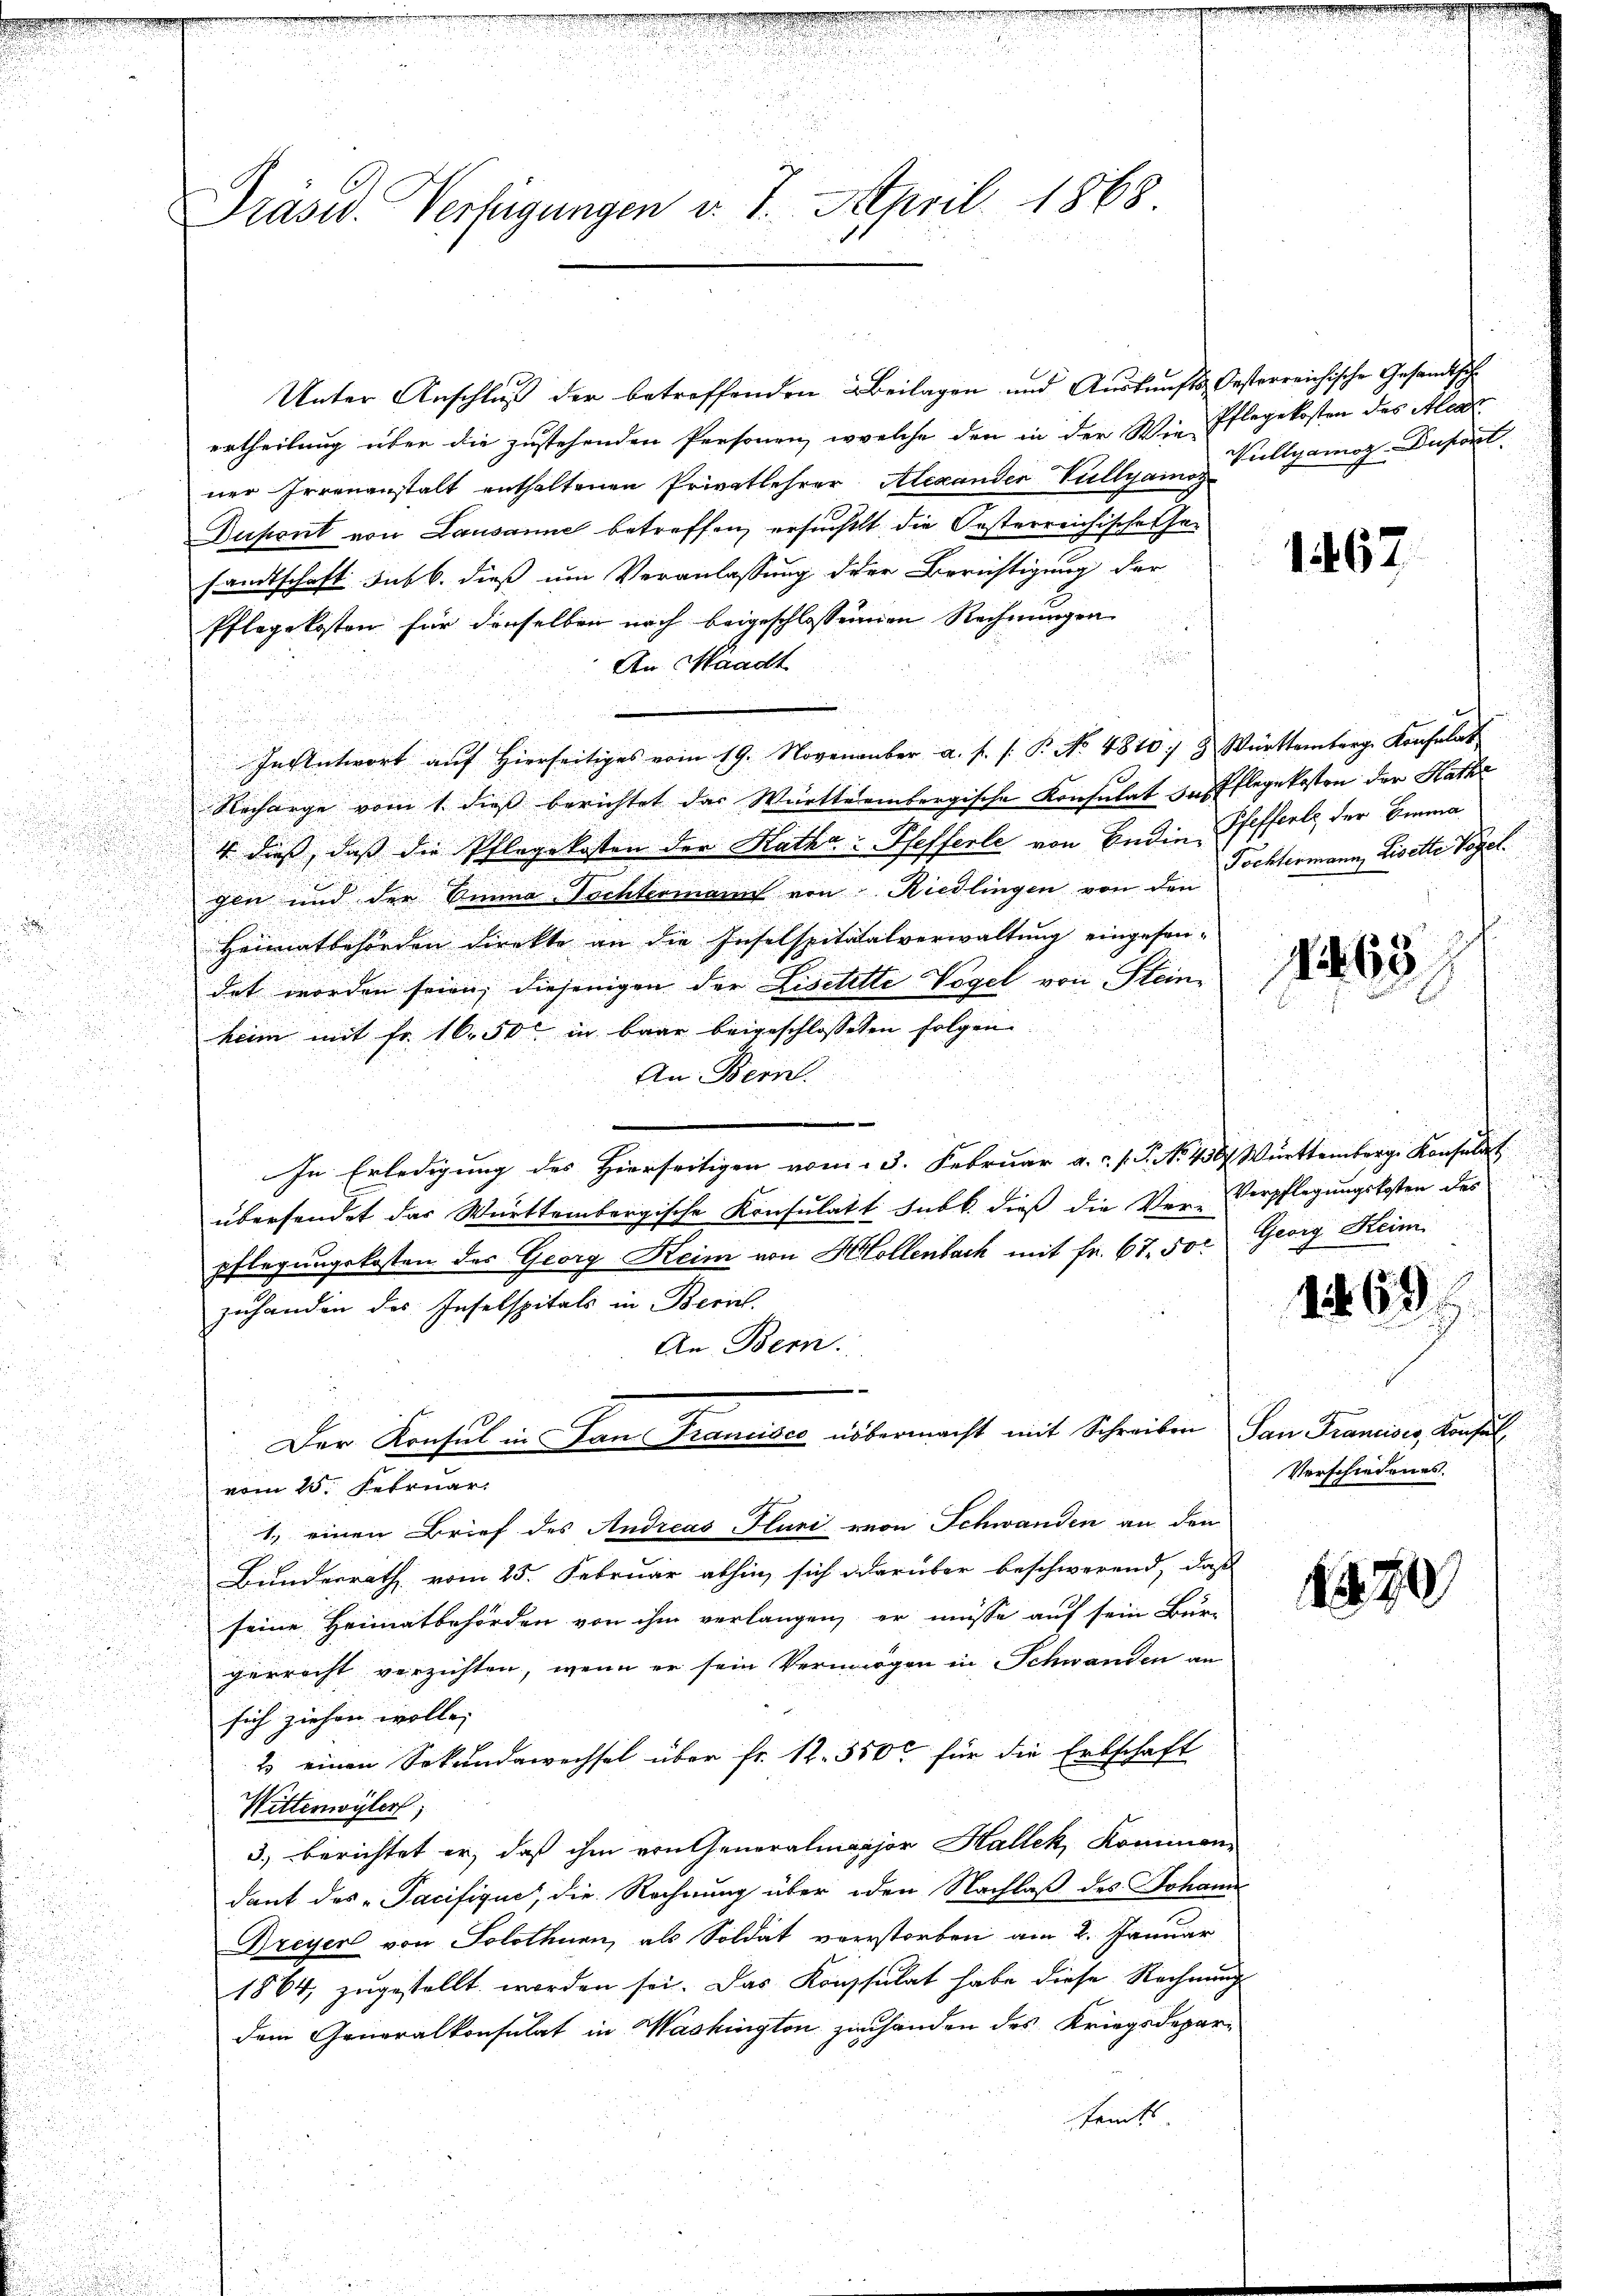
.

Präsid. Verfügungen v. 7. April 1868

Unter Anschluß der betreffenden Beilagen und Auskunfts-Oesterreichische Gesandtsche
ertheilung über die zustehenden Personen, welche den in der Wie Pflegekosten des Alear
ner Irrenanstalt enthaltenen Privatlehrer Alexanden Vullyame Vullyamog-Duport
Dupant von Lausanne betreffen, ersuchelt die Oesterreichische hasandtschaft sub b. dieß um Veranlassung der Berichtigung der
Pflegekosten für denselben noch beigeschlossenen Rechnungen
.
An Waadt
In Antwort auf Hierseitiges vom 19. Novenamber a. f. s. P. No 4840. 8 Württemberg. Konsulat
Recharge vom 1. dieß berichtet das Württembergische Konsulat in Pflegekosten der Rath
4 dies, dass die Pflegekosten der Katha Pfefferle von Endin, Pfefferle, der Emma
gen und der Emma Tochtermann von Riedlingen von den Tochtermann, Liselte Vogel¬
Heimatbehörden direkte an die Inselspititalverwaltung eingesan-
det worden seien, diejenigen der Liselette Vogel von Steine
heim mit Fr. 16. 50 in baar beigeschlosseten folgen
An Bern
.
In Erledigung des Hierseitigen vom 3. Februar a. f. P. No. 456 Württemberg Konsulat
übersendet das Württembergische Konsulatt Subk. dieß die Ver-Verpflegungskosten des
pflegungskosten des Georg Keim von Hollenbach mit fr. 67. 50. Georg Keim
zuhanden des Inselspitals in Zürich.
An Bern.
e
Der Konsul in an Francisce übermacht mit Schreiben San Francisco, Konsul,
vom 15. Februar.
1., einen Brief des Andreas Fluri von Schwanden an den
Bundesrath vom 25. Februar abhin, sich darüber beschwerend, daß
seine Heimatbehörden von ihm verlangen, er müsse auf sein Bur-
gerrecht verzichten, wenn er sein Vermögen in Schwanden an
sich ziehen wolle.
2 einen Sekundawechsel über fr. 12. 550 für die Erbschaft
Wittenwyler,
3.) berichtet er, daß ihm von Generalmajor Hallek, Kommendank des „Tacifique, die Rechnung über den Nachlaß des Johann
Dreyer von Solothurn, als Soldat verstorben am 2. Januar
1864, zugestellt worden sei. Das Konsulat habe diese Rechnung
dem Generalkonsulat in Washington zu handen des Kriegsdeparteints

1267

163

111 69

Verschiedenes.

1220